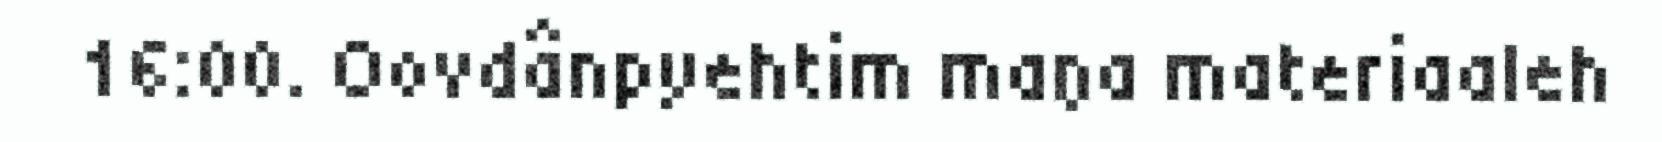
16:00. Oovdânpyehtim maŋa materiaaleh